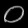
Digit: ၀